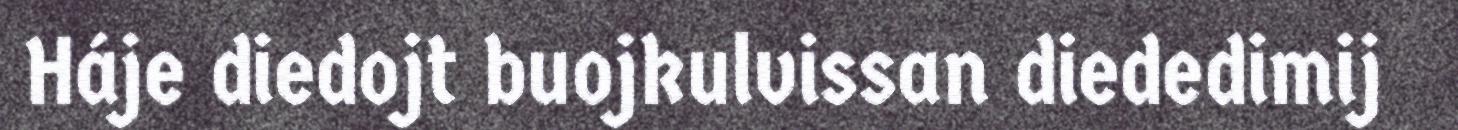
Háje diedojt buojkulvissan diededimij